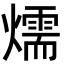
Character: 燸